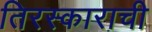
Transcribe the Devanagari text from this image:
तिरस्काराची